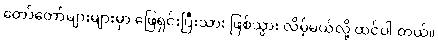
တော်တော်များများမှာ ဖြေရှင်းပြီးသား ဖြစ်သွား လိမ့်မယ်လို့ ထင်ပါ တယ်။